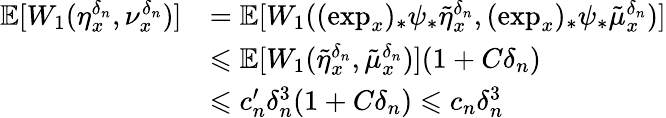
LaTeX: \begin{array}{rl}{\mathbb E[W_{1}(\eta_{x}^{\delta_{n}},\nu_{x}^{\delta_{n}})]}&{=\mathbb E[W_{1}((\exp_{x})_{*}\psi_{*}\tilde{\eta}_{x}^{\delta_{n}},(\exp_{x})_{*}\psi_{*}\tilde{\mu}_{x}^{\delta_{n}})]}\\ &{\leqslant\mathbb E[W_{1}(\tilde{\eta}_{x}^{\delta_{n}},\tilde{\mu}_{x}^{\delta_{n}})](1+C\delta_{n})}\\ &{\leqslant c_{n}^{\prime}\delta_{n}^{3}(1+C\delta_{n})\leqslant c_{n}\delta_{n}^{3}}\end{array}